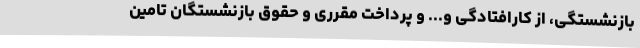
بازنشستگی، از کارافتادگی و... و پرداخت مقرری و حقوق بازنشستگان تامین